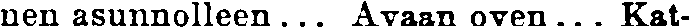
nen asunnolleen... Avaan oven... Kat-